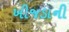
ખીજડાની